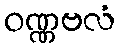
ဝဏ္ဏဗလံ